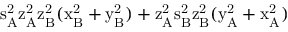
\mathrm { s _ { A } ^ { 2 } \mathrm { z _ { A } ^ { 2 } \mathrm { z _ { B } ^ { 2 } ( \mathrm { x _ { B } ^ { 2 } + \mathrm { y _ { B } ^ { 2 } ) + \mathrm { z _ { A } ^ { 2 } \mathrm { s _ { B } ^ { 2 } \mathrm { z _ { B } ^ { 2 } ( \mathrm { y _ { A } ^ { 2 } + \mathrm { x _ { A } ^ { 2 } ) } } } } } } } } } }